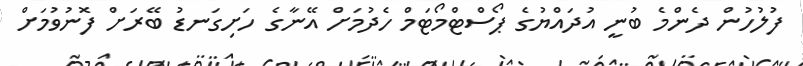
ފުލުހުން ދެންމެ ބުނީ އުދައްޔުގެ ޕޯސްޓްމޯޓަމް ހެދުމަށް އޭނާގެ ހަށިގަނޑު ބޭރަށް ފޮނުވުމަށް